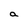
Character: a